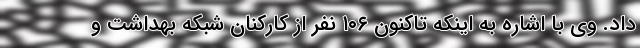
داد. وی با اشاره به اینکه تاکنون ۱۰۶ نفر از کارکنان شبکه بهداشت و